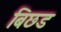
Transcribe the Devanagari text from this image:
बिछड